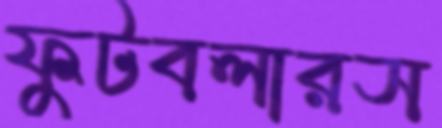
ফুটবলারস